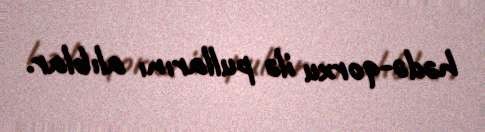
hədə-qorxu ilə pullarını alıblar.